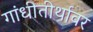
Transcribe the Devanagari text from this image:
गांधीतीर्थावर